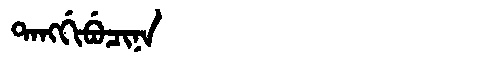
Manchu: ᡨᠠᠩᡤᡳᠪᡠᠴᡳᠨᠠ
Romanization: TANGGIBUCINA